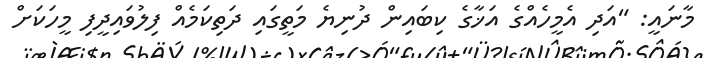
މާނައީ: "އަދި އެމީހެއްގެ އަޚާގެ ކިބައިން ދުނިޔެ މަތީގައި ދަތިކަމެއް ފިލުވައިދީފި މީހަކަށް